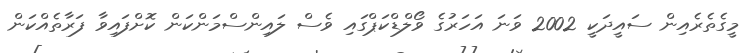
މީގެތެރެއިން ސައީދަކީ 2002 ވަނަ އަހަރުގެ ވޯލްޑްކަޕްގައި ވެސް ލައިންސްމަންކަން ކޮށްފައިވާ ފަރާތެއްކަން